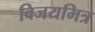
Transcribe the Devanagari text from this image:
विजयमित्र